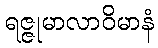
ရဇ္ဇုမာလာဝိမာနံ